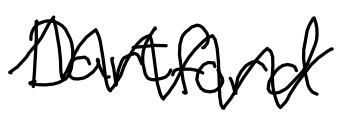
Text: Dartford
Cross-out: zig-zag
Writing tool: digital_black